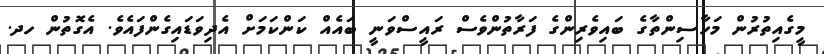
މީގެއިތުރުން މަހާސިންތާގެ ބައިވެރިންގެ ފަރާތުންވެސް ރައީސްވަނީ ބައެއް ކަންކަމަށް އެދިވަޑައިގެންފައެވެ. އެގޮތުން ހދ.